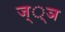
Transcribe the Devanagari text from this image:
ज््ञ